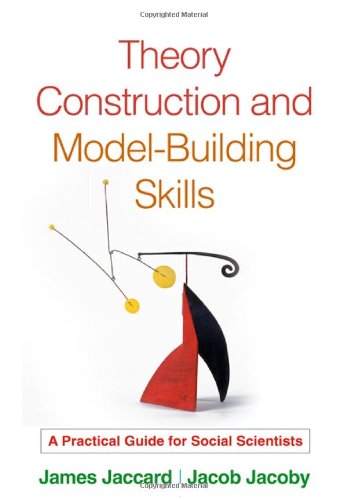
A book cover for Theory Construction and Model-Building Skills: A Practical Guide for Social Scientists (Methodology in the Social Sciences); James Jaccard PhD; Medical Books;